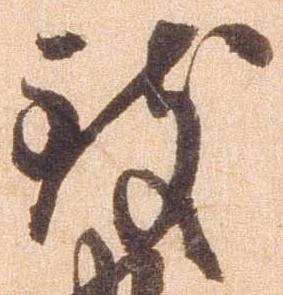
致